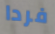
فردا